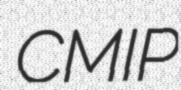
CMIP